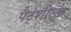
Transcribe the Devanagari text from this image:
पैट्शील्ड